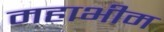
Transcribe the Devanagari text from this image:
महाभीम